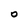
Character: O